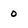
Character: 0